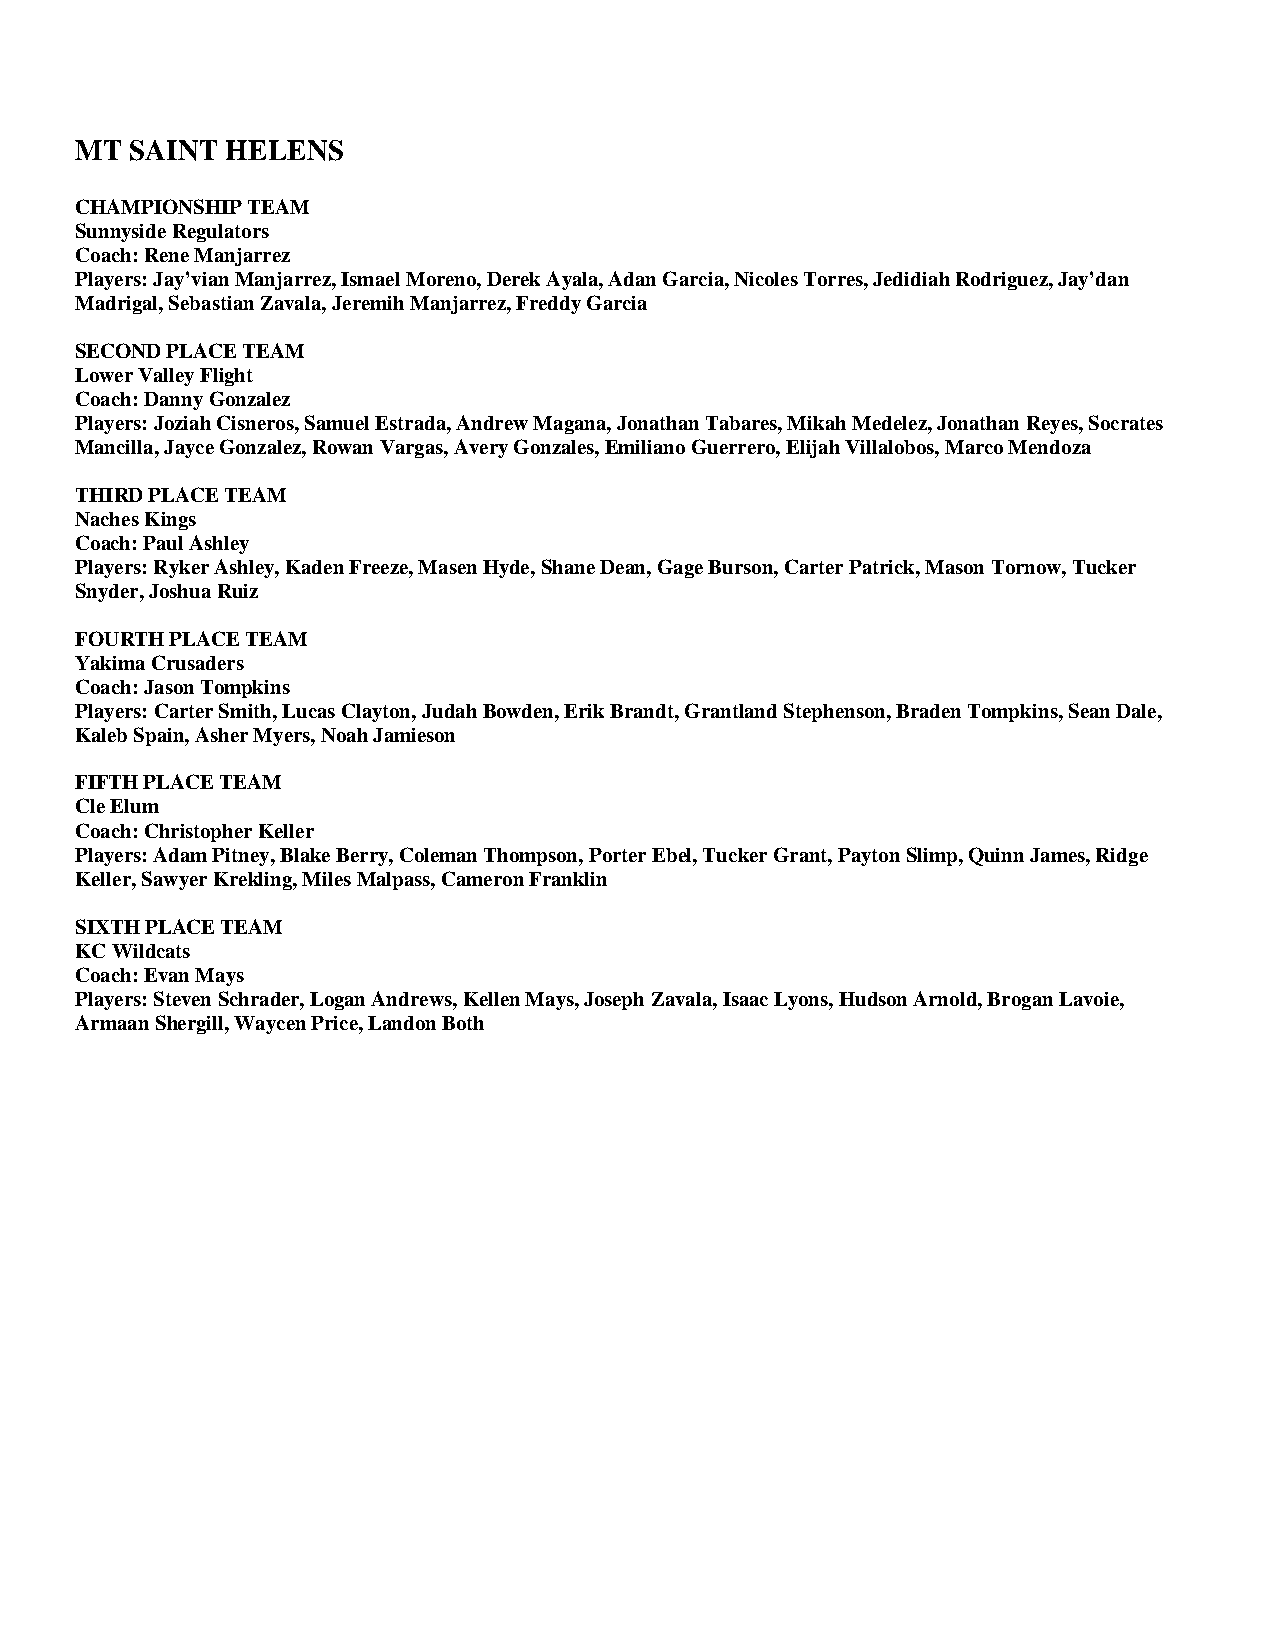
MT  SAINT HELENS
 CHAMPIONSHIP TEAM
 Sunnyside Regulators
 Coach: Rene Manjarrez
 Players: Jay’vian Manjarrez, Ismael Moreno, Derek Ayala, Adan Garcia, Nicoles Torres, Jedidiah Rodriguez, Jay’dan
 Madrigal, Sebastian Zavala, Jeremih Manjarrez, Freddy Garcia
 SECOND PLACE TEAM
 Lower Valley Flight
 Coach: Danny Gonzalez
 Players: Joziah Cisneros, Samuel Estrada, Andrew Magana, Jonathan Tabares, Mikah Medelez, Jonathan Reyes, Socrates
 Mancilla, Jayce Gonzalez, Rowan Vargas, Avery Gonzales, Emiliano Guerrero, Elijah Villalobos, Marco Mendoza
 THIRD PLACE TEAM
 Naches Kings
 Coach: Paul Ashley
 Players: Ryker Ashley, Kaden Freeze, Masen Hyde, Shane Dean, Gage Burson, Carter Patrick, Mason Tornow, Tucker
 Snyder, Joshua Ruiz
 FOURTH PLACE TEAM
 Yakima Crusaders
 Coach: Jason Tompkins
 Players: Carter Smith, Lucas Clayton, Judah Bowden, Erik Brandt, Grantland Stephenson, Braden Tompkins, Sean Dale,
 Kaleb Spain, Asher Myers, Noah Jamieson
 FIFTH PLACE TEAM
 Cle Elum
 Coach: Christopher Keller
 Players: Adam Pitney, Blake Berry, Coleman Thompson, Porter Ebel, Tucker Grant, Payton Slimp, Quinn James, Ridge
 Keller, Sawyer Krekling, Miles Malpass, Cameron Franklin
 SIXTH PLACE TEAM
 KC Wildcats
 Coach: Evan Mays
 Players: Steven Schrader, Logan Andrews, Kellen Mays, Joseph Zavala, Isaac Lyons, Hudson Arnold, Brogan Lavoie,
 Armaan Shergill, Waycen Price, Landon Both